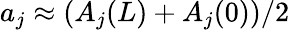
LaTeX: a_{j}\approx(A_{j}(L)+A_{j}(0))/2